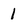
Character: i